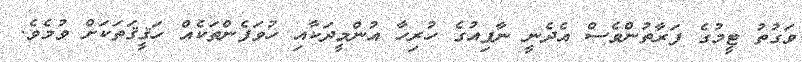
ވަގުތު ޓީމުގެ ފަރާތުންވެސް އެދެނީ ނާފިއުގެ ހުރިހާ އުންމީދަކާއި ހުވަފެންތަކެއް ހަޤީޤަތަކަށް ވުމެވެ.